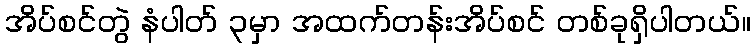
အိပ်စင်တွဲ နံပါတ် ၃မှာ အထက်တန်းအိပ်စင် တစ်ခုရှိပါတယ်။